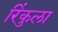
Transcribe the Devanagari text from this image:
रिंकुला